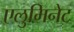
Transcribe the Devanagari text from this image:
एलुमिनेट